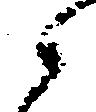
候